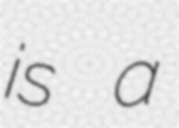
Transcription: is a